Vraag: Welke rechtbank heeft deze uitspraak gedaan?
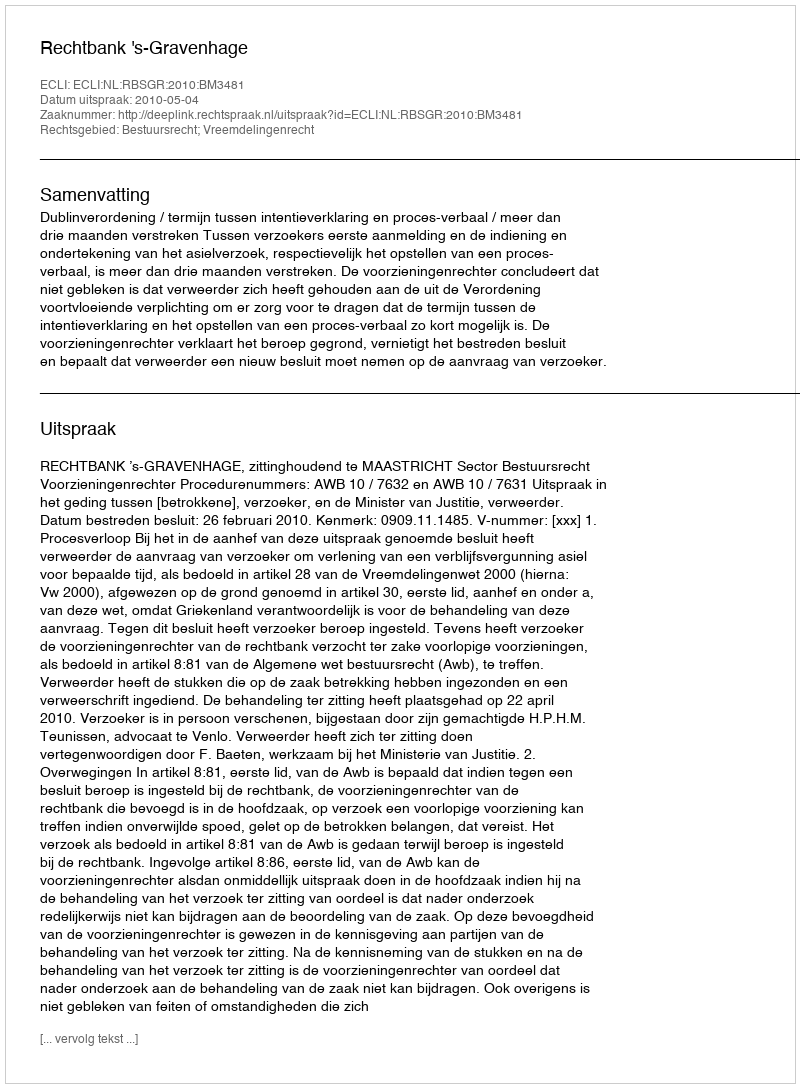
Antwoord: Rechtbank 's-Gravenhage